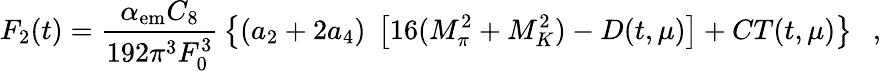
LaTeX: F_{2}(t)=\frac{\alpha_{\mathrm{em}}C_{8}}{192\pi^{3}F_{0}^{3}}\, \left\{ (a_{2}+2a_{4})\; \left[16(M_{\pi}^{2}+M_{K}^{2})-D(t,\mu)\right]+CT(t,\mu)\right\} ~~~,